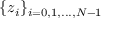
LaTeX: \{ z _ { i } \} _ { i = 0 , 1 , . . . , N - 1 }